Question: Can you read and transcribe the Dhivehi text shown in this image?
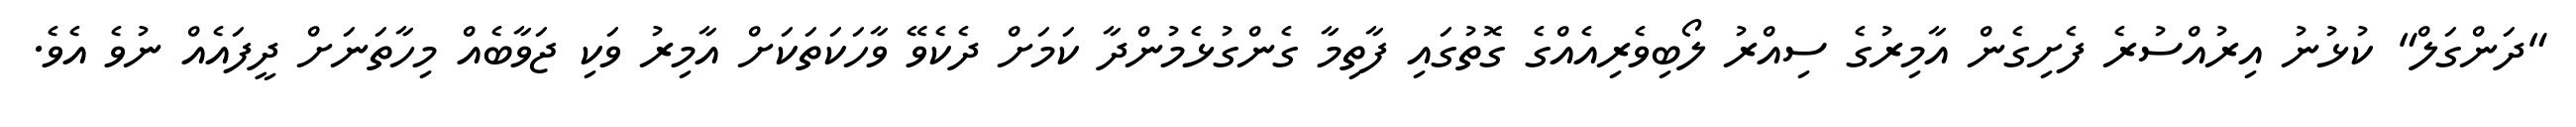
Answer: "ދަންގަލް" ކުޅުނު އިރުއްސުރެ ފެށިގެން އާމިރުގެ ސިއްރު ލޯބިވެރިއެއްގެ ގޮތުގައި ފާތިމާ ގެންގުޅެމުންދާ ކަމަށް ދެކެވޭ ވާހަކަތަކަށް އާމިރު ވަކި ޖަވާބެއް މިހާތަނަށް ދީފައެއް ނުވެ އެވެ.